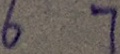
6 7